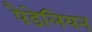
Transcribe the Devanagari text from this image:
पैडेलियन